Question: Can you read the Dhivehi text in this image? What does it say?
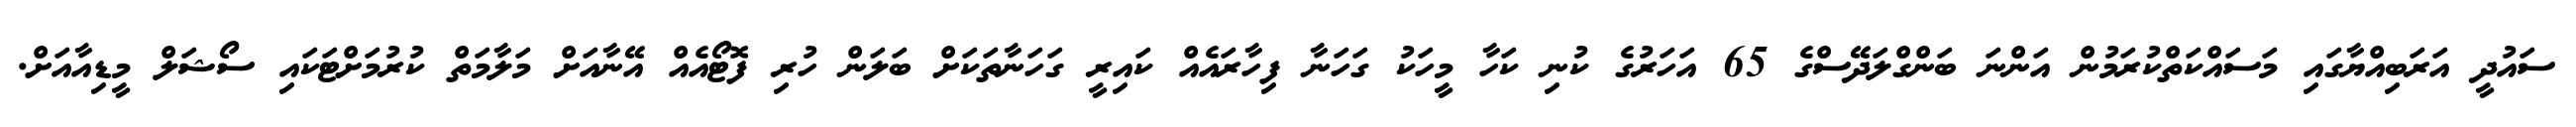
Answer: ސައުދީ އަރަބިއްޔާގައި މަސައްކަތްކުރަމުން އަންނަ ބަންގްލަދޭސްގެ 65 އަހަރުގެ ކުނި ކަހާ މީހަކު ގަހަނާ ފިހާރައެއް ކައިރީ ގަހަނާތަކަށް ބަލަން ހުރި ފޮޓޯއެއް އޭނާއަށް މަލާމަތް ކުރުމަށްޓަކައި ސޯޝަލް މީޑިއާއަށް.